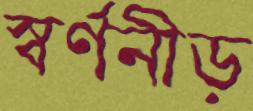
স্বর্ণনীড়